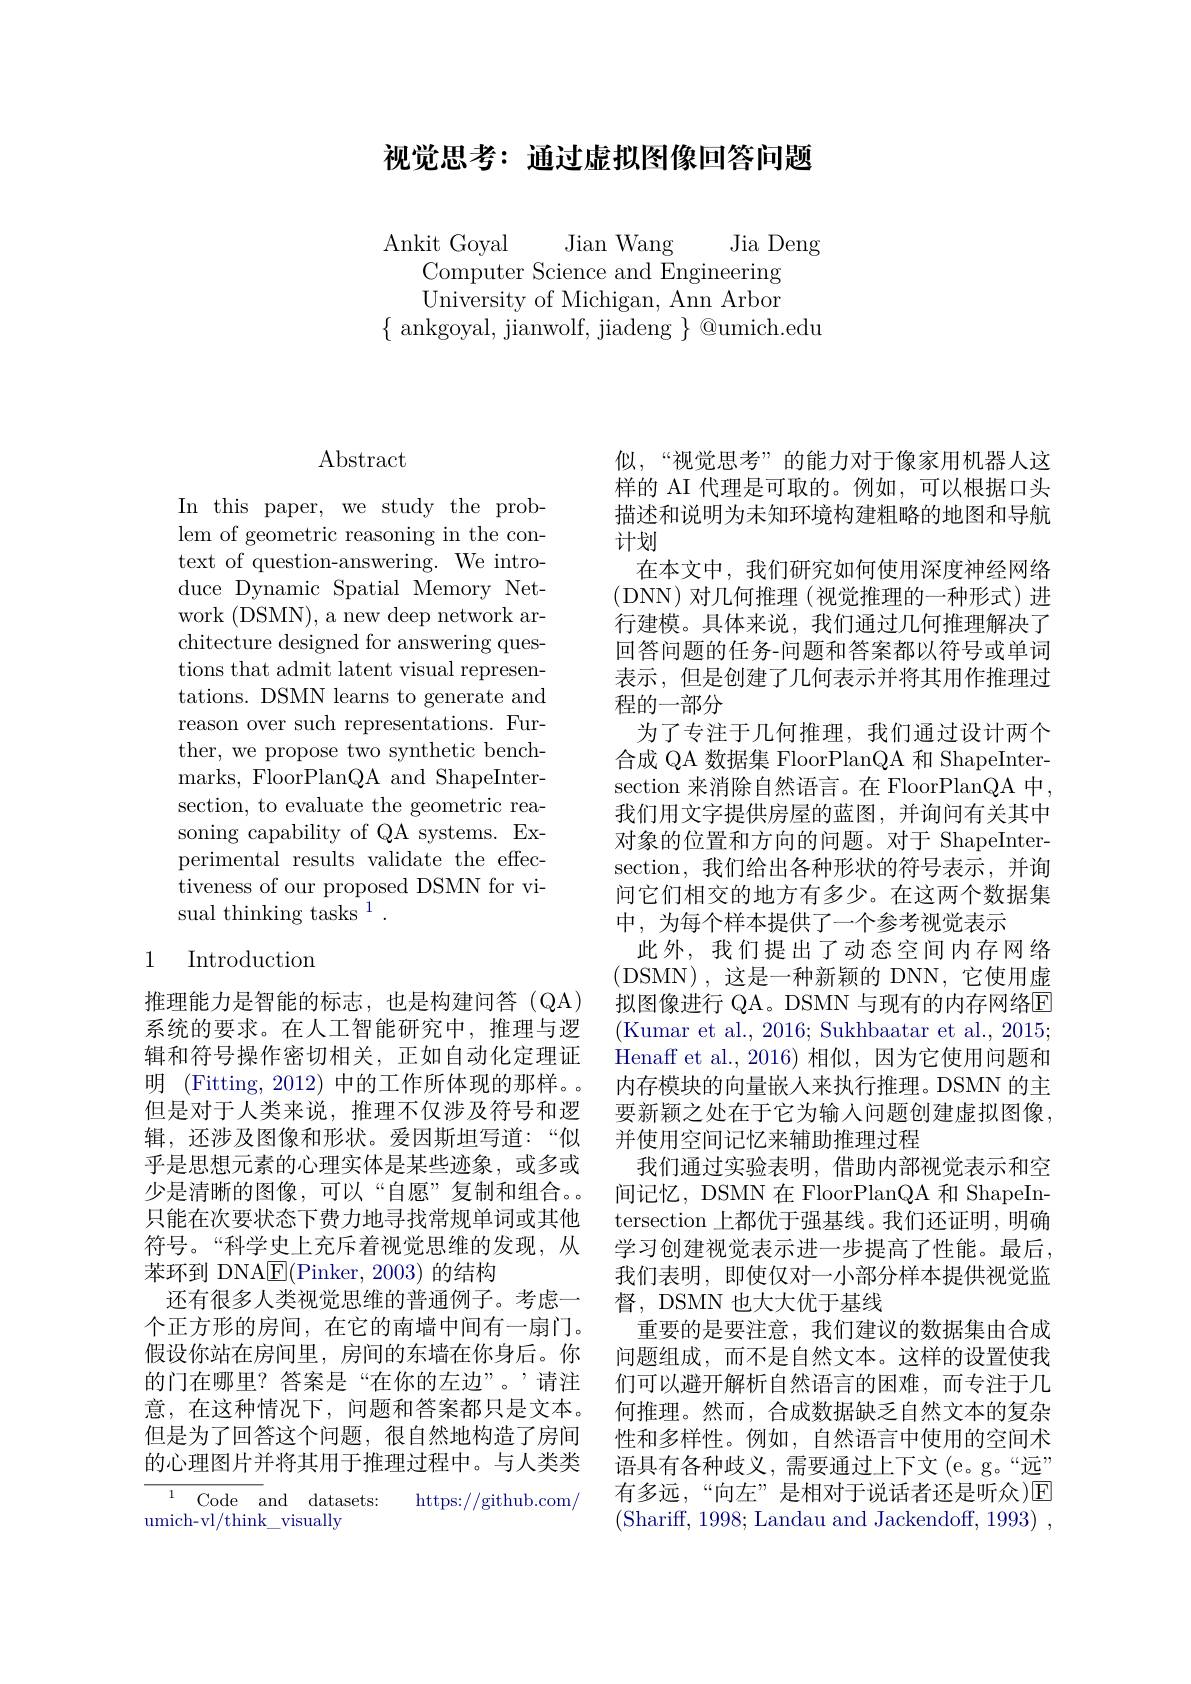
## 视觉思考：通过虚拟图像回答问题

Ankit Goyal Jian Wang Jia Deng
Computer Science and Engineering University of Michigan, Ann Arbor
$\{$ ankgoyal, jianwolf, jiadeng $\}$ @umich.edu

# Abstract

In this paper, we study the problem of geometric reasoning in the context of question-answering. We introduce Dynamic Spatial Memory Network (DSMN), a new deep network architecture designed for answering questions that admit latent visual representations. DSMN learns to generate and reason over such representations. Further, we propose two synthetic benchmarks, FloorPlanQA and ShapeInter- section, to evaluate the geometric reasoning capability of QA systems. Experimental results validate the effectiveness of our proposed DSMN for visual thinking tasks $^1.$

### 1 Introduction

推理能力是智能的标志，也是构建问答(QA) 系统的要求。在人工智能研究中，推理与逻辑和符号操作密切相关，正如自动化定理证明 (Fitting, 2012) 中的工作所体现的那样。。但是对于人类来说，推理不仅涉及符号和逻辑，还涉及图像和形状。爱因斯坦写道：“似乎是思想元素的心理实体是某些迹象，或多或少是清晰的图像，可以“自愿”复制和组合。只能在次要状态下费力地寻找常规单词或其他符号。“科学史上充斥着视觉思维的发现，从苯环到 DNA$\underline{\mathrm{E}}($Pinker, 2003) 的结构
还有很多人类视觉思维的普通例子。考虑一个正方形的房间，在它的南墙中间有一扇门。假设你站在房间里，房间的东墙在你身后。你的门在哪里？答案是“在你的左边”。’请注意，在这种情况下，问题和答案都只是文本。但是为了回答这个问题，很自然地构造了房间的心理图片并将其用于推理过程中。与人类类

https://github.com/
umich-vl/think\_visually

似，“视觉思考”的能力对于像家用机器人这样的 AI 代理是可取的。例如，可以根据口头描述和说明为未知环境构建粗略的地图和导航计划
在本文中，我们研究如何使用深度神经网络(DNN)对几何推理(视觉推理的一种形式)进行建模。具体来说，我们通过几何推理解决了回答问题的任务-问题和答案都以符号或单词表示，但是创建了几何表示并将其用作推理过程的一部分
为了专注于几何推理，我们通过设计两个合成 QA 数据集 FloorPlanQA 和 ShapeIntersection 来消除自然语言。在 FloorPlanQA 中我们用文字提供房屋的蓝图，并询问有关其中对象的位置和方向的问题。对于 ShapeIntersection, 我们给出各种形状的符号表示，并询问它们相交的地方有多少。在这两个数据集中，为每个样本提供了一个参考视觉表示
此外，我们提出了动态空间内存网络(DSMN),这是一种新颖的 DNN,它使用虚拟图像进行 QA。DSMN 与现有的内存网络E (Kumar et al., 2016; Sukhbaatar et al., 2015; Henaff et al., 2016)相似，因为它使用问题和内存模块的向量嵌入来执行推理。DSMN 的主要新颖之处在于它为输入问题创建虚拟图像， 并使用空间记忆来辅助推理过程
我们通过实验表明，借助内部视觉表示和空间记忆，DSMN 在 FloorPlanQA 和 ShapeIntersection 上都优于强基线。我们还证明，明确学习创建视觉表示进一步提高了性能。最后， 我们表明，即使仅对一小部分样本提供视觉监督，DSMN 也大大优于基线
重要的是要注意，我们建议的数据集由合成问题组成，而不是自然文本。这样的设置使我们可以避开解析自然语言的困难，而专注于几何推理。然而，合成数据缺乏自然文本的复杂性和多样性。例如，自然语言中使用的空间术语具有各种歧义，需要通过上下文(e。g。“远” 有多远，“向左”是相对于说话者还是听众)$\overline{\mathrm{E}}$ (Shariff, 1998; Landau and Jackendoff, 1993)~,